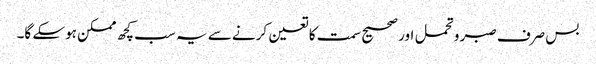
بس صرف صبر و تحمل اور صحیح سمت کا تعین کرنے سے یہ سب کچھ ممکن ہوسکے گا۔